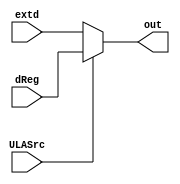
module MUX1 (
  input wire [7:0] dReg,
  input wire [7:0] extd,
  output wire [7:0] out,
  input ULASrc
);
  reg [7:0] regout;
  
  
  always @(dReg or extd or ULASrc)
    begin
        regout = extd;
        if (ULASrc) begin
            regout = dReg;
        end 
    end
  assign out = regout;
endmodule